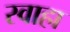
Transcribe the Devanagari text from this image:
स्‍वाहा